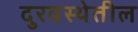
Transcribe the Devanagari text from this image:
दुरवस्थेतील